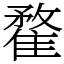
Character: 䨁